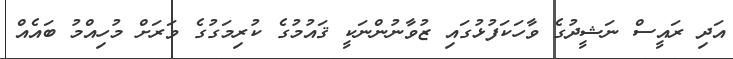
އަދި ރައީސް ނަޝީދުގެ ވާހަކަފުޅުގައި ޒުވާނުންނަކީ ޤައުމުގެ ކުރިމަގުގެ ވަރަށް މުހިއްމު ބައެއް